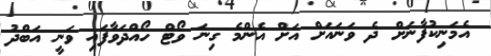
އެމަނިކުފާނަށް ދެ ވަނައަށް އަށް އެންމެ ގިނަ ވޯޓް ހޯއްދަވާފައި ވަނީ އަބްދު